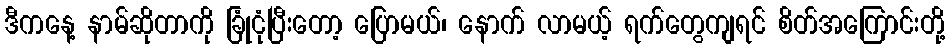
ဒီကနေ့ နာမ်ဆိုတာကို ခြုံငုံပြီးတော့ ပြောမယ်၊ နောက် လာမယ့် ရက်တွေကျရင် စိတ်အကြောင်းတို့